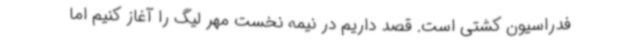
فدراسیون کشتی است. قصد داریم در نیمه نخست مهر لیگ را آغاز کنیم اما